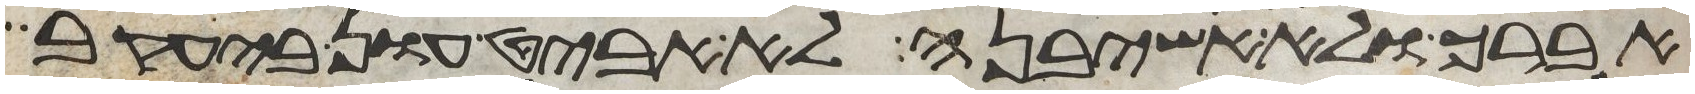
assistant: אברך ולא אשיבנה לא אביט און ביעקב